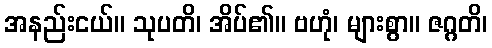
အနည်းငယ်။ သုပတိ၊ အိပ်၏။ ဗဟုံ၊ များစွာ။ ဇဂ္ဂတိ၊